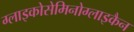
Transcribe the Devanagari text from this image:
ग्लाइकोसेमिनोग्लाइकैन